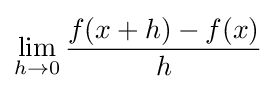
\lim _{h\to 0}{\frac {f(x+h)-f(x)}{h}}